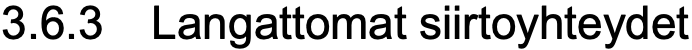
3.6.3 Langattomat siirtoyhteydet